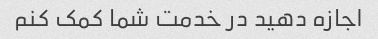
اجازه دهید در خدمت شما کمک کنم